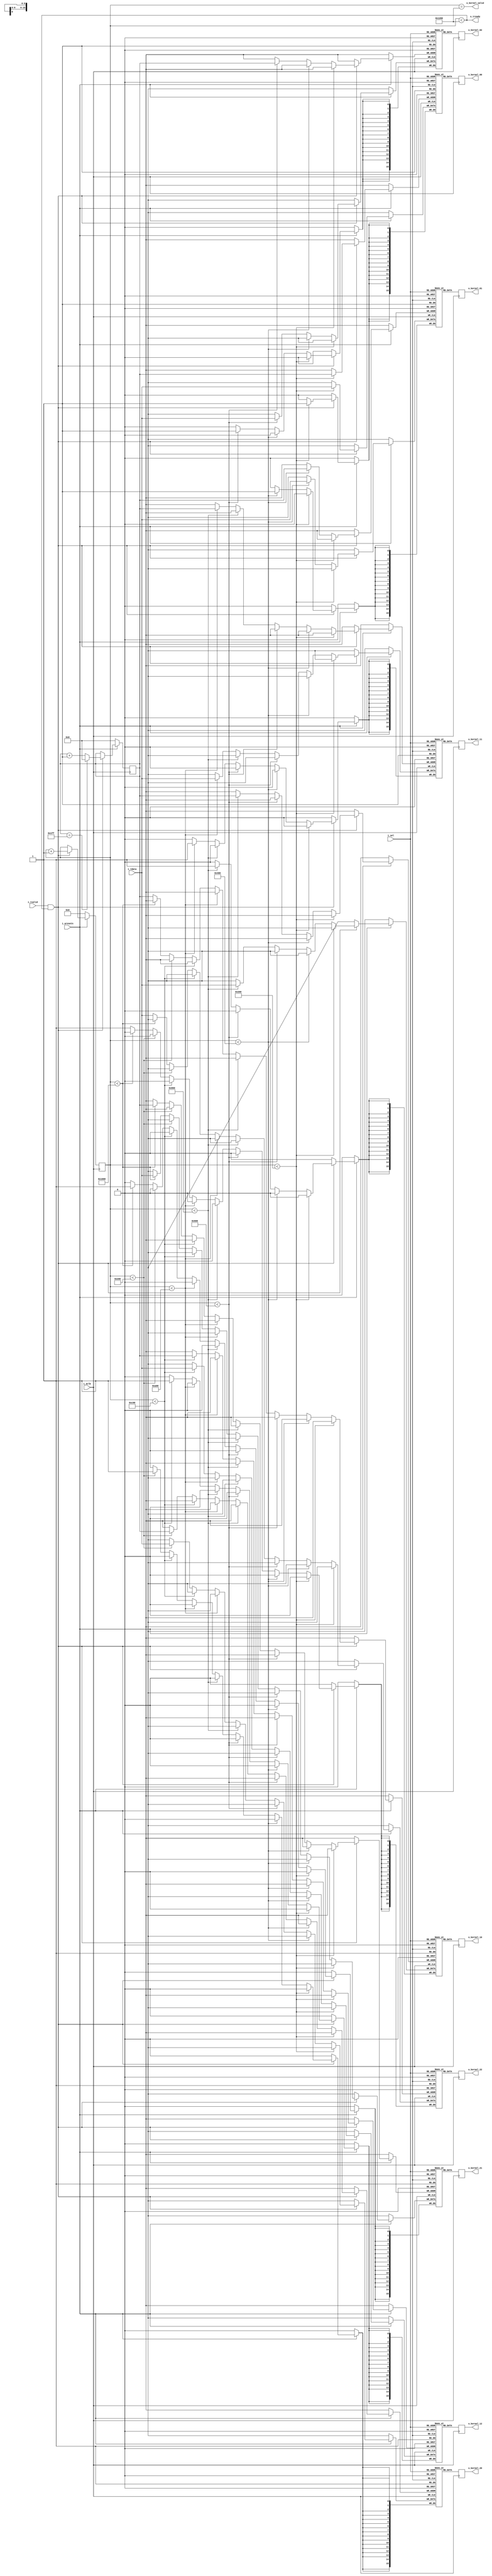
`timescale 1ns/1ps

module KernelBuffer3x3 #(parameter 
    WIDTH   = 16,
    DEPTH   = 512
    ) (
    input i_aclk,
    input i_aresetn,

    // AXI4 stream interface
    input i_tvalid,
    output o_tready,
    input [WIDTH-1:0] i_tdata,
    
    // kernel output
    input [$clog2(DEPTH)-1:0] i_sel,
    output o_kernel_valid,
    output reg [WIDTH-1:0] o_kernel_00, 
    output reg [WIDTH-1:0] o_kernel_01, 
    output reg [WIDTH-1:0] o_kernel_02,

    output reg [WIDTH-1:0] o_kernel_10, 
    output reg [WIDTH-1:0] o_kernel_11, 
    output reg [WIDTH-1:0] o_kernel_12,
    
    output reg [WIDTH-1:0] o_kernel_20, 
    output reg [WIDTH-1:0] o_kernel_21, 
    output reg [WIDTH-1:0] o_kernel_22);

    localparam VALID_COUNT = 3*3*DEPTH;     // number of words in buffers for kernel to be valid
    
    reg [$clog2(DEPTH)-1:0] r_sel;          // select used during filling
    reg [$clog2(VALID_COUNT):0] r_count;    // number of valid words in buffers

    // Kernel BRAMs, ordered (Height, Width, Kernels, Channels)
    reg [WIDTH-1:0] r_buf_00[DEPTH-1:0];
    reg [WIDTH-1:0] r_buf_01[DEPTH-1:0];
    reg [WIDTH-1:0] r_buf_02[DEPTH-1:0];

    reg [WIDTH-1:0] r_buf_10[DEPTH-1:0];
    reg [WIDTH-1:0] r_buf_11[DEPTH-1:0];
    reg [WIDTH-1:0] r_buf_12[DEPTH-1:0];

    reg [WIDTH-1:0] r_buf_20[DEPTH-1:0];
    reg [WIDTH-1:0] r_buf_21[DEPTH-1:0];
    reg [WIDTH-1:0] r_buf_22[DEPTH-1:0];

    assign o_tready = (r_count < VALID_COUNT);
    assign o_kernel_valid = (r_count == VALID_COUNT);

    always @(posedge i_aclk) begin
        o_kernel_00 <= r_buf_00[i_sel];
        o_kernel_01 <= r_buf_01[i_sel];
        o_kernel_02 <= r_buf_02[i_sel];
        o_kernel_10 <= r_buf_10[i_sel];
        o_kernel_11 <= r_buf_11[i_sel];
        o_kernel_12 <= r_buf_12[i_sel];
        o_kernel_20 <= r_buf_20[i_sel];
        o_kernel_21 <= r_buf_21[i_sel];
        o_kernel_22 <= r_buf_22[i_sel];
    end

    always @(posedge i_aclk) begin
        if (!i_aresetn) begin
            r_count <= 0;
            r_sel <= 0;
        end
        else begin
            if (i_tvalid && o_tready) begin
                r_count <= r_count + 1;

                if (r_sel == DEPTH-1)
                    r_sel <= 0;
                else
                    r_sel <= r_sel + 1;

                // fill into 9 BRAMs
                if (r_count < DEPTH)
                    r_buf_00[r_sel] <= i_tdata;
                else if (r_count < DEPTH*2)
                    r_buf_01[r_sel] <= i_tdata;
                else if (r_count < DEPTH*3)
                    r_buf_02[r_sel] <= i_tdata;
                else if (r_count < DEPTH*4)
                    r_buf_10[r_sel] <= i_tdata;
                else if (r_count < DEPTH*5)
                    r_buf_11[r_sel] <= i_tdata;
                else if (r_count < DEPTH*6)
                    r_buf_12[r_sel] <= i_tdata;
                else if (r_count < DEPTH*7)
                    r_buf_20[r_sel] <= i_tdata;
                else if (r_count < DEPTH*8)
                    r_buf_21[r_sel] <= i_tdata;
                else
                    r_buf_22[r_sel] <= i_tdata;
            end
        end
    end

endmodule